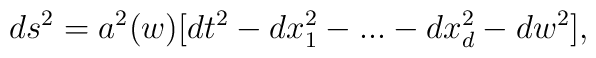
ds^2 = a^2(w)[dt^2 - dx_{1}^2 -...- dx_{d}^2 - dw^2],